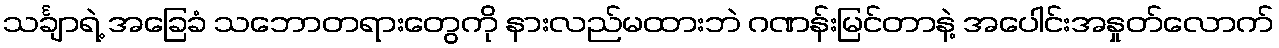
သင်္ချာရဲ့ အခြေခံ သဘောတရားတွေကို နားလည်မထားဘဲ ဂဏန်းမြင်တာနဲ့ အပေါင်းအနှုတ်လောက်